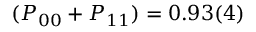
( P _ { 0 0 } + P _ { 1 1 } ) = 0 . 9 3 ( 4 )